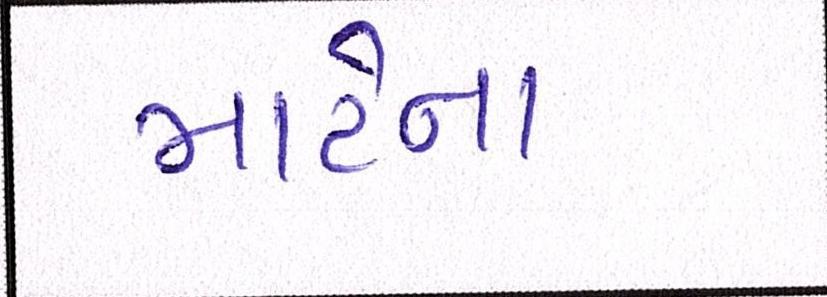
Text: માટેના